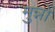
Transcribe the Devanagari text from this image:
मुन्नों